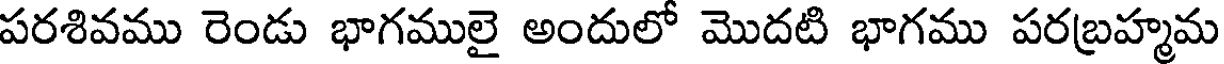
పరశివము రెండు భాగములై అందులో మొదటి భాగము పరబ్రహ్మమ